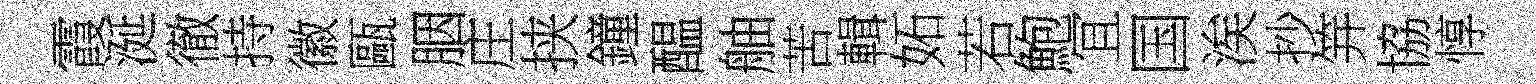
霞涎徹持徽甌胭庄挟鐘醖舳苦輯妬若鮑冝国涘抄笄協惇